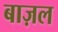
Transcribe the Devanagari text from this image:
बाज़ल